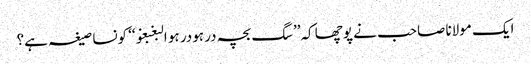
ایک مولانا صاحب نے پوچھا کہ’’سگ بچہ در ہودر ہو البغبغو‘‘ کونسا صیغہ ہے؟